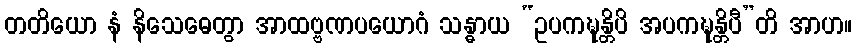
တတိယော နံ နိသေဓေတွာ အာထဗ္ဗဏပယောဂံ သန္ဓာယ “ဥပကဍ္ဎန္တိပိ အပကဍ္ဎန္တိပီ”တိ အာဟ။